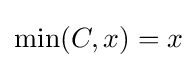
\min(C,x)=x